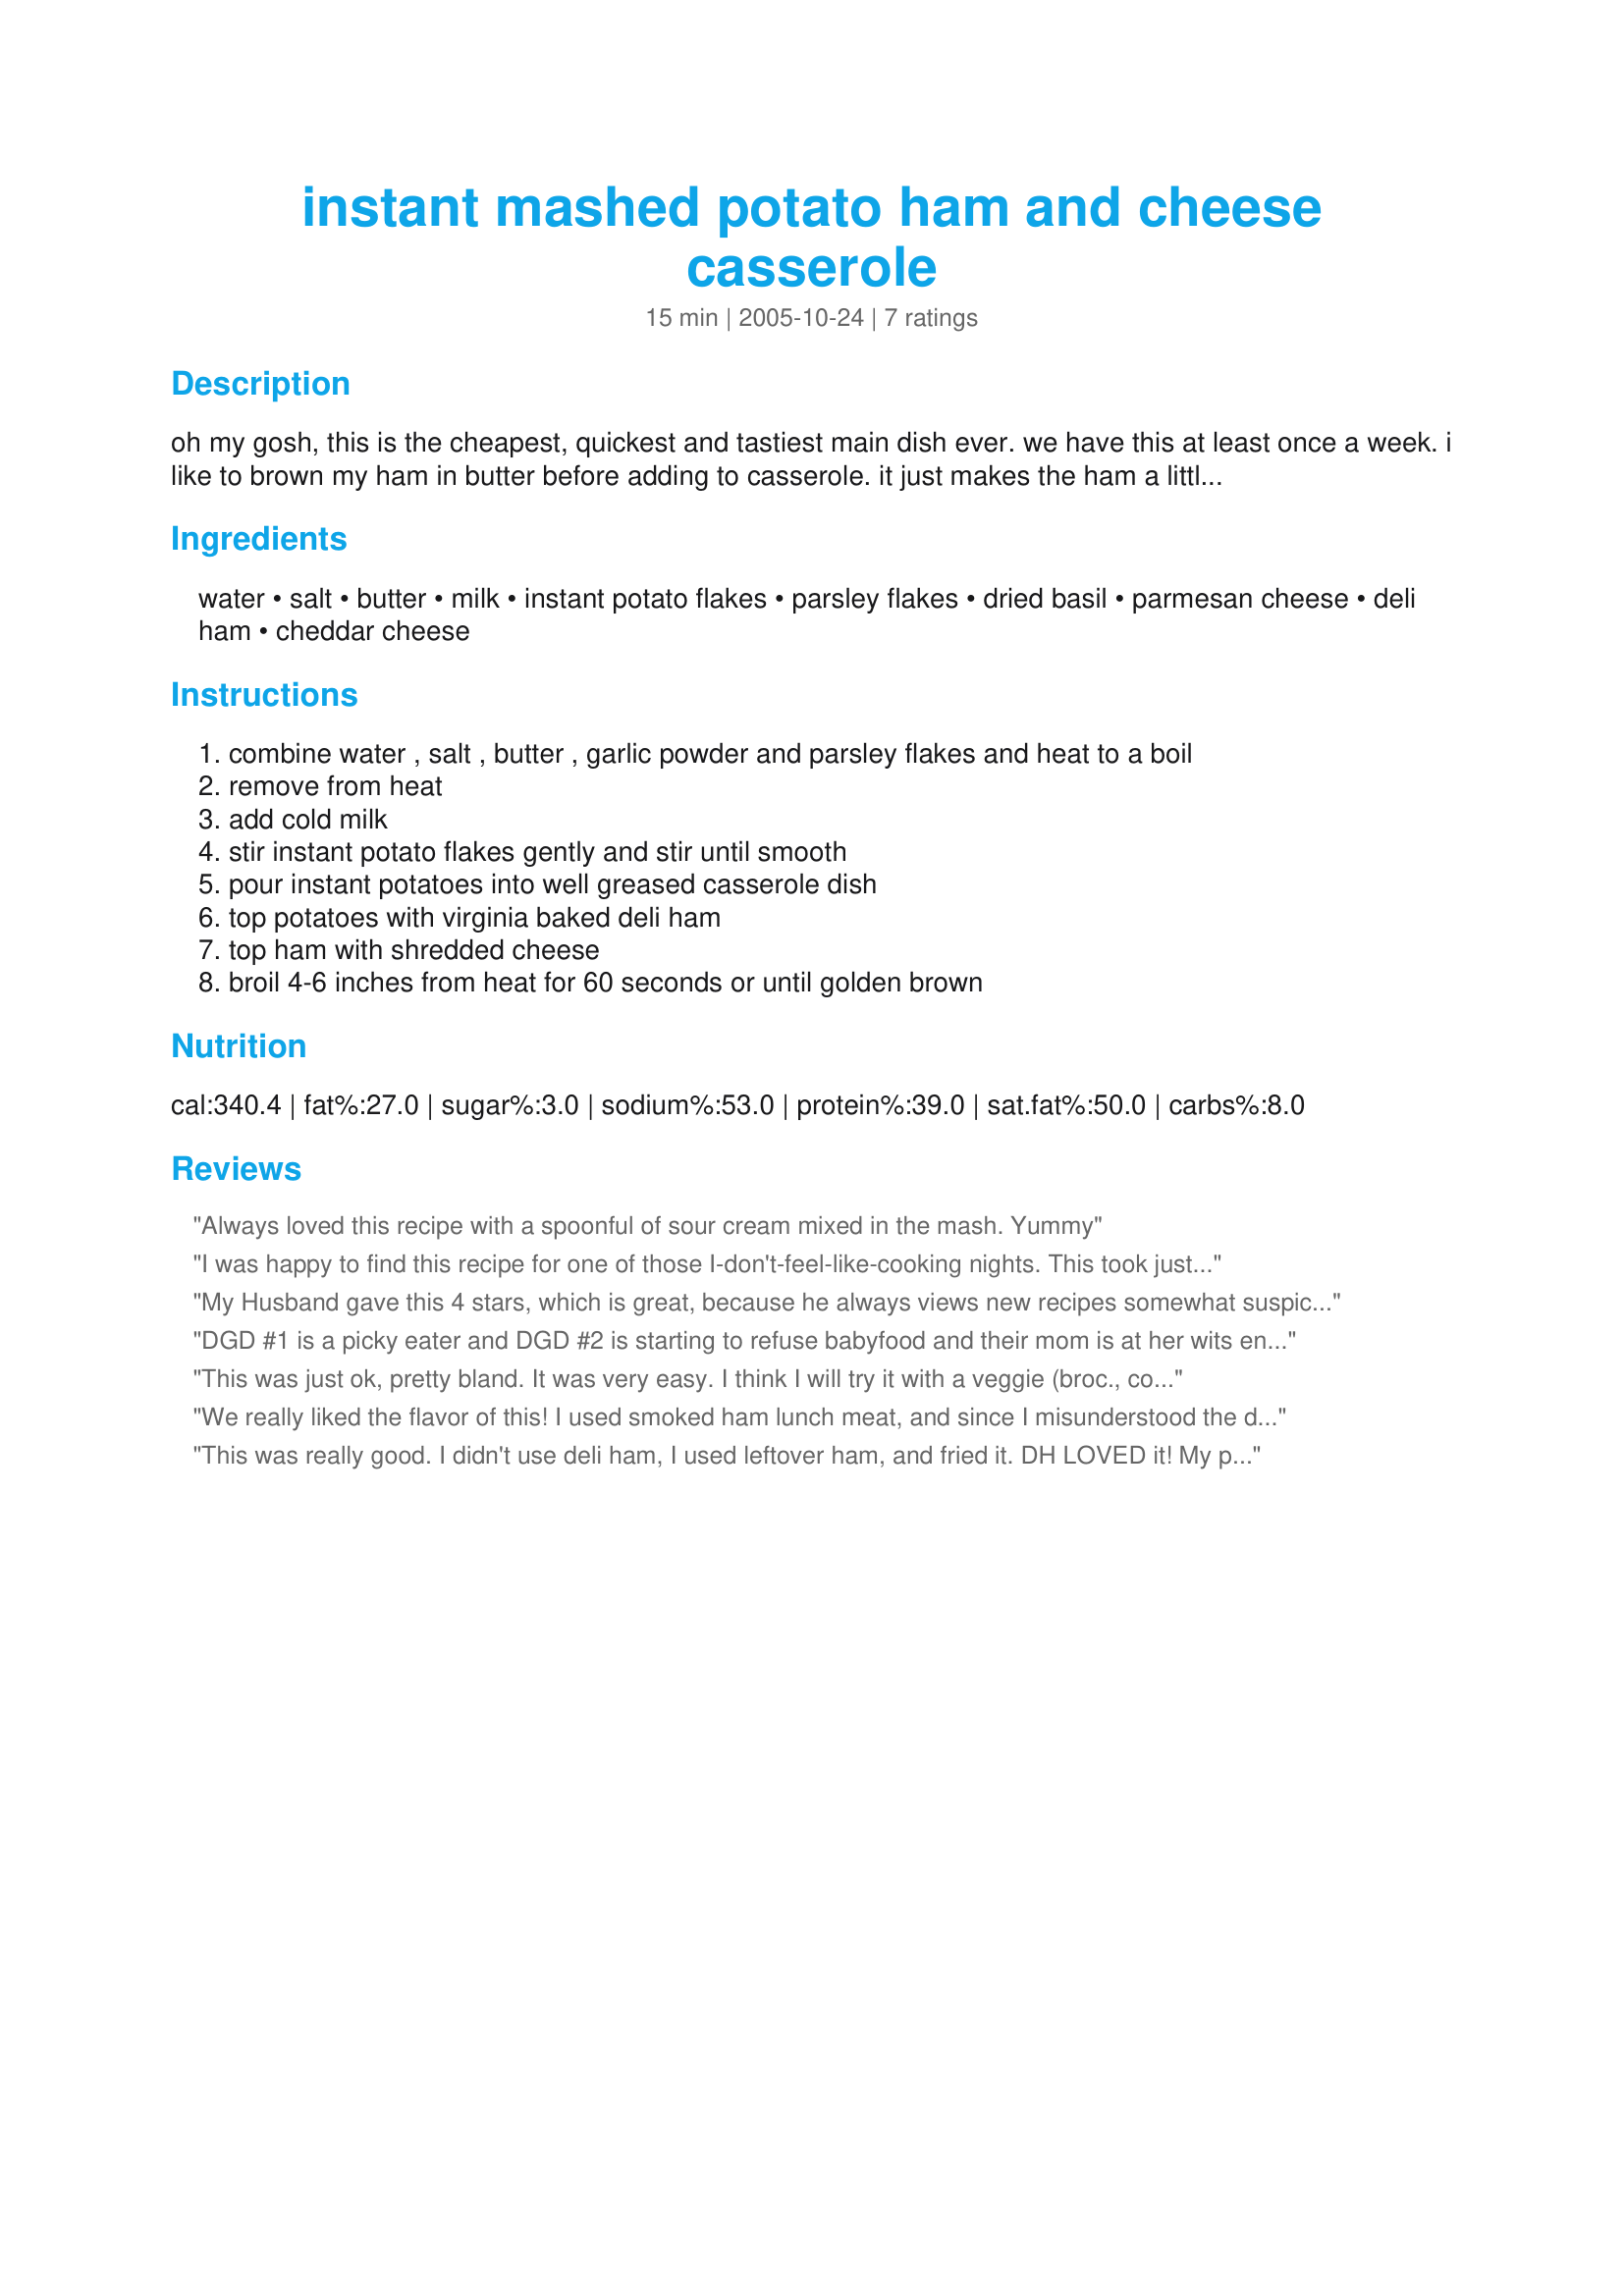
instant mashed potato ham and cheese casserole
Preparation time: 15 minutes

oh my gosh, this is the cheapest, quickest and tastiest main dish ever. we have this at least once a week. i like to brown my ham in butter before adding to casserole. it just makes the ham a little crisp. you will not be disappointed.

Ingredients:
water, salt, butter, milk, instant potato flakes, parsley flakes, dried basil, parmesan cheese, deli ham, cheddar cheese

Steps:
combine water , salt , butter , garlic powder and parsley flakes and heat to a boil
remove from heat
add cold milk
stir instant potato flakes gently and stir until smooth
pour instant potatoes into well greased casserole dish
top potatoes with virginia baked deli ham
top ham with shredded cheese
broil 4-6 inches from heat for 60 seconds or until golden brown

Reviews:
Always loved this recipe with a spoonful of sour cream mixed in the mash. Yummy
I was happy to find this recipe for one of those I-don't-feel-like-cooking nights. This took just a few minutes to put together, and the end result was good. I added chopped onion and sauted it with the ham. My husband and I were both surprised at how good this was- we expected it to be more bland, but the seasoning in the potatoes was just right. I'll make this again- thanks!
My Husband gave this 4 stars, which is great, because he always views new recipes somewhat suspiciously! I stirred the grated Parmesan right into the potatoes. Very good!
DGD #1 is a picky eater and DGD #2 is starting to refuse babyfood and their mom is at her wits end. So... I prepared this for the girls for dinner this evening (actually DGD #1 "helped"). I tweaked the recipe by stirring the shredded ham and cheese into the potatoes w/ a hand mixer to shred the meat even more. It was pretty tasty and was enjoyed by both babies... tho they didn't eat as much as I had hoped. However, it was a new food and I thought they did pretty well. I'm pleased they were willing to try it... which bodes well for future "baby gourmet" endeavors! Thanks for sharing this recipe... I've got a few ideas for changing it up some to make a variety of dishes.
This was just ok, pretty bland. It was very easy. I think I will try it with a veggie (broc., corn) mixed in with the ham and add sauce. Then maybe put the potatoes on top with the cheese covering this. Kind of like a shepard pie variation.
We really liked the flavor of this! I used smoked ham lunch meat, and since I misunderstood the directions, I ended up frying the ham in 5 tsp of butter as well as putting 5 tsp in the mashed potatoes. We had a very fattening version! It took awhile to get all the water out of the ham enough to crisp it up, but it was worth it. It almost tasted like bacon, so my son loved that part best. I noticed the directions call for garlic powder, but it isn't in the ingredient list. I put in about 1/4 tsp garlic powder in addition to the other ingredients, and it was the right amount of flavor. I think I would bake it instead of broiling since that left the cheddar looking hard and dried out.
This was really good. I didn't use deli ham, I used leftover ham, and fried it. DH LOVED it! My picky kids ate it. This is a great meal when you have leftovers to use up. Thanks!
